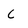
Character: c